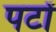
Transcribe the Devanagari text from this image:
पटों